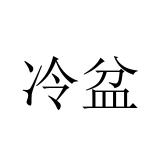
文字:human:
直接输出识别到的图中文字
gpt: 冷盆